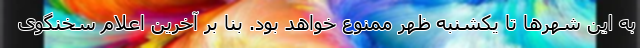
به این شهرها تا یکشنبه ظهر ممنوع خواهد بود. بنا بر آخرین اعلام سخنگوی